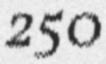
250